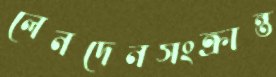
লেনদেনসংক্রান্ত